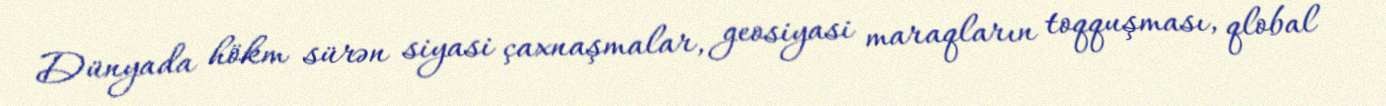
Dünyada hökm sürən siyasi çaxnaşmalar, geosiyasi maraqların toqquşması, qlobal